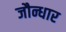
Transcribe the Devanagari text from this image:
जौन्धार